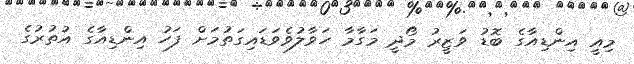
މިއީ އިންޑިއާގެ ބޮޑު ވަޒީރު މޯދީ މަގާމާ ހަވާލުވެވަޑައިގަތުމަށް ފަހު އިންޑިއާގެ އުތުރުގެ